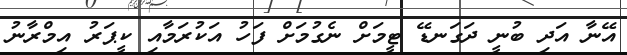
އޭނާ އަދި ބުނީ ދަގަނޑޭ ޓީމަށް ނެގުމަށް ފަހު އަކުރަމާއި ކީޕަރު އިމްރާނު